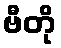
ဗီတို